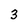
Character: 3